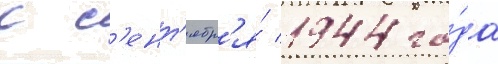
с с'ент'ябр'я́ 1944 го́да